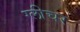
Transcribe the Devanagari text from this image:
ग्लीचर